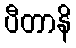
ပီတာနိ